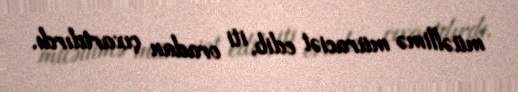
müəllimə müraciət edib, iti oradan çıxartdırdı.